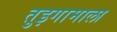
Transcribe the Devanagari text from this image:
तुइगामाला